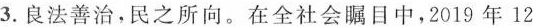
3.良法善治，民之所向。在全社会瞩目中，2019年12